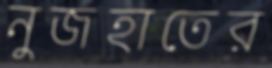
নুজহাতের